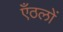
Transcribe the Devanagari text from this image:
एँठलों